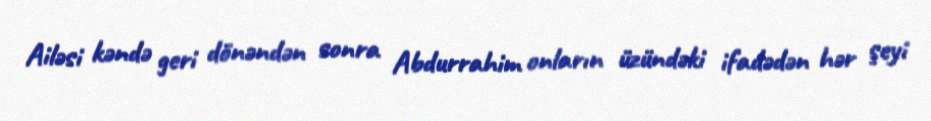
Ailəsi kəndə geri dönəndən sonra Abdurrahim onların üzündəki ifadədən hər şeyi